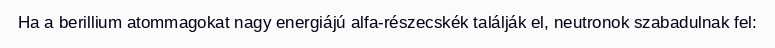
Ha a berillium atommagokat nagy energiájú alfa-részecskék találják el, neutronok szabadulnak fel: